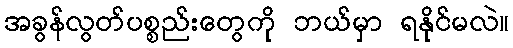
အခွန်လွတ်ပစ္စည်းတွေကို ဘယ်မှာ ရနိုင်မလဲ။